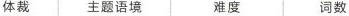
体裁 主题语境 难度 词数